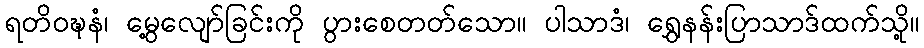
ရတိဝဍ္ဎနံ၊ မွေ့လျော်ခြင်းကို ပွားစေတတ်သော။ ပါသာဒံ၊ ရွှေနန်းပြာသာဒ်ထက်သို့။